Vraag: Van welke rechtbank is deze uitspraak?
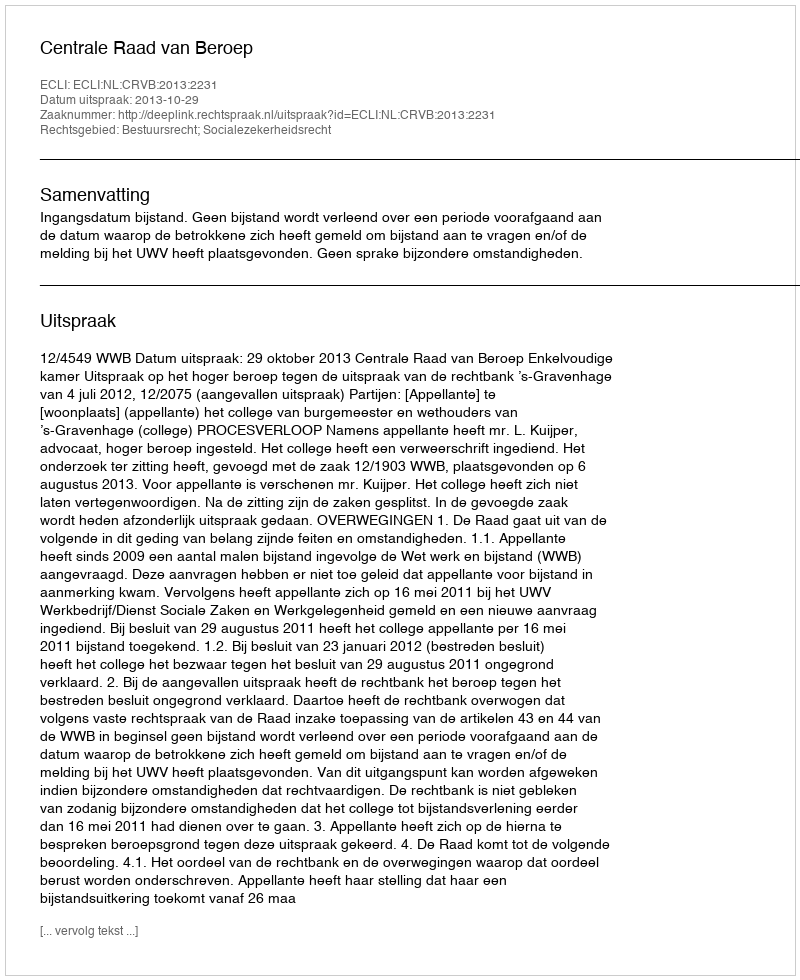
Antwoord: Centrale Raad van Beroep